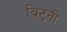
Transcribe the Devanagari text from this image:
ब्रिट्नी